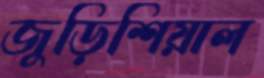
জুড়িশিয়াল